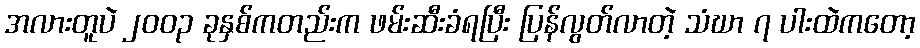
အလားတူပဲ ၂၀၀၃ ခုနှစ်ကတည်းက ဖမ်းဆီးခံရပြီး ပြန်လွတ်လာတဲ့ သံဃာ ၇ ပါးထဲကတော့